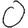
Digit: 0